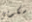
سكوبي